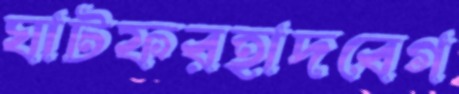
ঘাটফরহাদবেগ